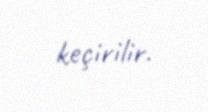
keçirilir.